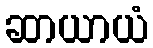
ဆာယာယံ